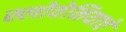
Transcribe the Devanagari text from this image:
स्लोवेनियाचे